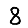
Digit: 8